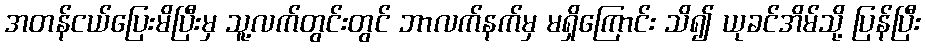
အတန်ငယ်ပြေးမိပြီးမှ သူ့လက်တွင်းတွင် ဘာလက်နက်မှ မရှိကြောင်း သိ၍ ယုခင်အိမ်သို့ ပြန်ပြီး